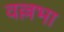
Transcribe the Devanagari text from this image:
वल्लभा